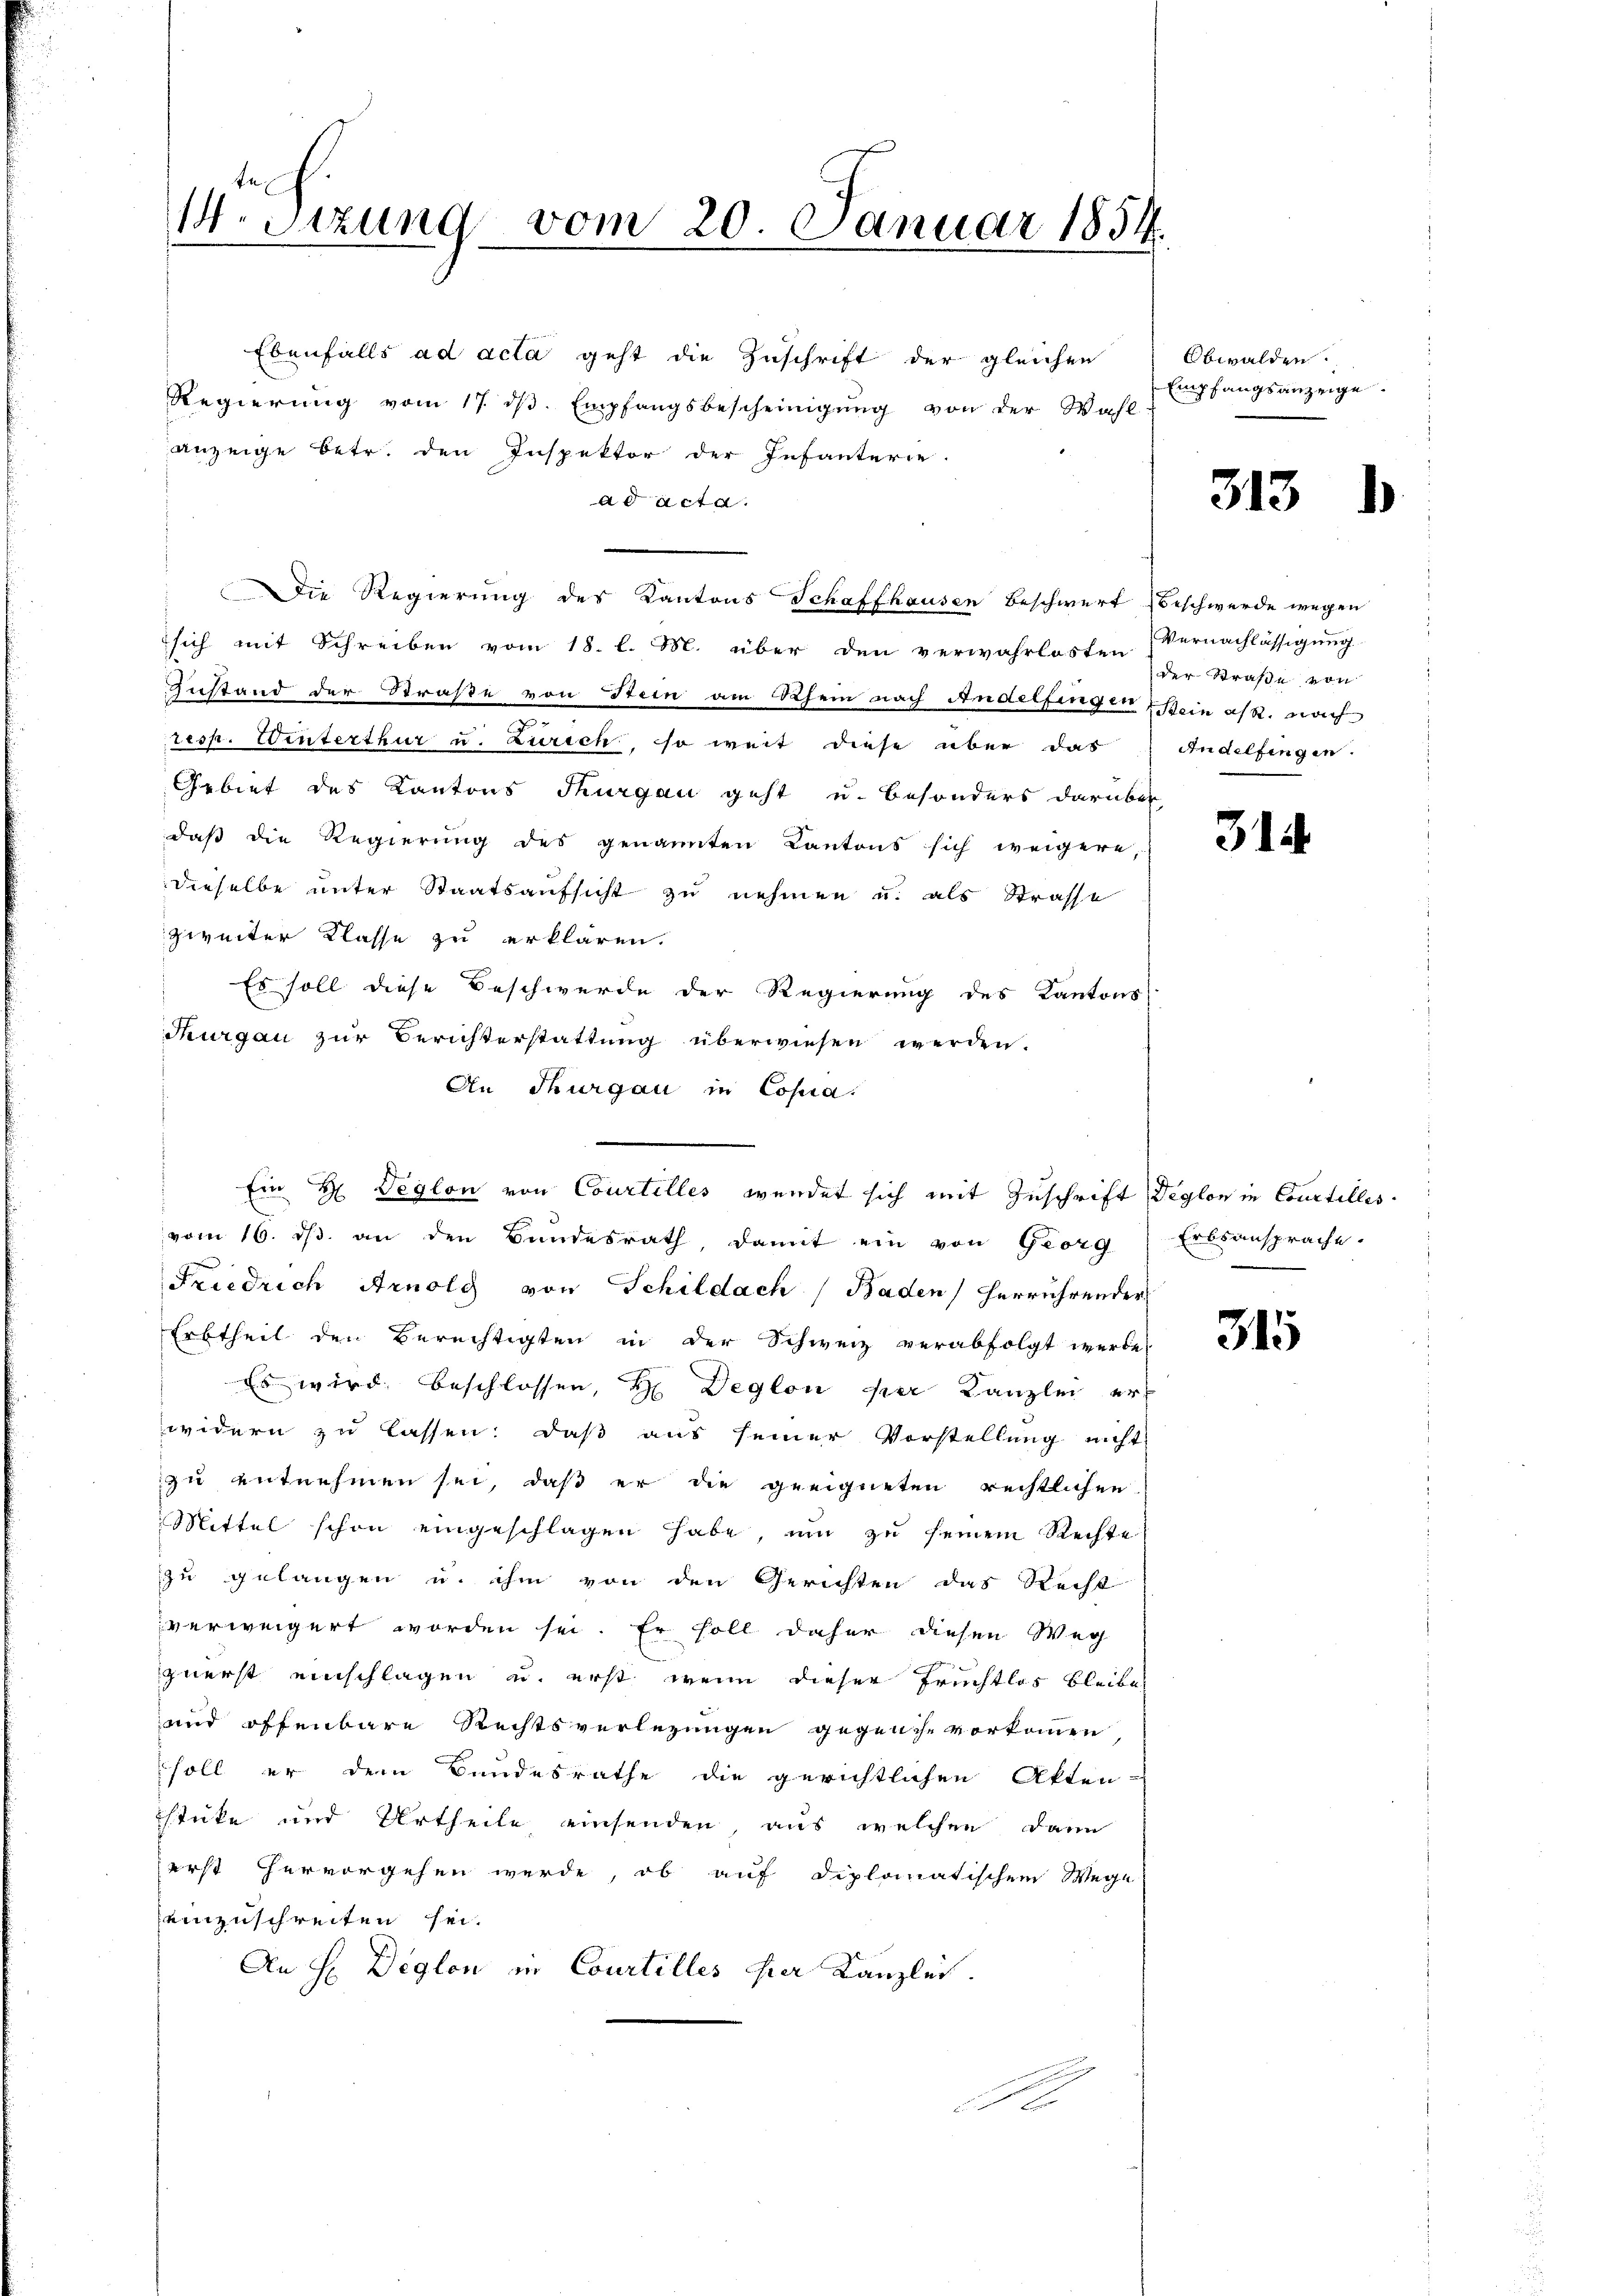
14. Sitzung vom 20. Januar 1854.

Regierung vom 17. dβ. Empfangsbescheinigung von der Wahl-
anzeige betr. den Inspektor der Infanterie-
ad acta.
Die Regierung des Kantons Schaffhausen Beschwert Beschwerde wegen
sich mit Schreiben vom 18. l. M. über den verwahrlosten Vernachlässigung
Zustand der Straße von Stein am Rhein nach Andelfingen sein ass. Nach
resp. Winterthur u. Zürich, so weit diese über das
Arbiet des Kantons Thurgau geht u. besonders darüber
daß die Regierung des genannten Kantons sich weigere,
dieselbe unter Staatsaufsicht zu nehmen u. als Strasse
zweiter Klasse zu erklären.
Es soll diese Beschwerde der Regierung des Kantons
Thurgau zur Berichterstattung überwiesen werden.
An Thurgau in Copia.
vom 16. dβ an den Bundesrath damit ein von Georg Erbsansprache.
Friedrich Arnolg von Schildach Baden herrührender
Erbtheil den Berechtigten in der Schweiz verabfolgt werde,
Es wird beschlossen, H Deglon per Kanzlei er-
widern zu lassen: daß aus seiner Vorstellung nicht
zu entnehmen sei, daß er die geeigneten rechtlichen
Mittel schon eingeschlagen habe, um zu seinem Rechte
zu gelangen u. ihm von den Gerichten das Recht
verweigert worden sei. Er soll daher diesen Weg
zuerst einschlagen u. erst wenn dieser Früchtlos bleibe
und öffenbare Rechtsverlegungen gegensche vorkommen,
soll er dem Bundesrathe die gerichtlichen Akten-
stücke und Urtheile einsenden, aus welchen Dann
erst hervorgehen werde, ob auf diplomatischem Wege
einzuschreiten sei.
An H Deglon in Courtilles hier Kanzlei.

Ebenfalls ad acta geht die Zuschrift der gleichen

Ein H Deglon von Courtelles wendet sich mit Zuschrift Deglon in Courtilles

Obwalden.
Empfangsanzeige.

313

der Straße von
Andelfingen.

314.

315

.